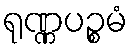
ရုဏ္ဏပဉ္စမံ